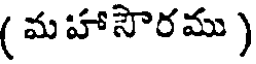
( మ హాసౌరము )